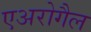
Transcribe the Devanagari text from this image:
एअरोगैल